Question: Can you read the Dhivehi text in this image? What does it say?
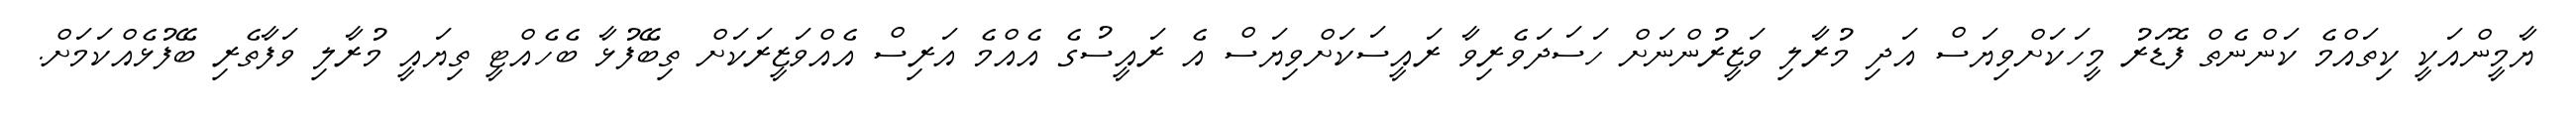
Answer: ޔާމީންއަކީ ކިތައްމެ ކަންނެތް ފޮޑަރު މީހަކަށްވިޔަސް އަދި މުރާލި ވަޒީރުންނަށް ހަސަދަވެރިވާ ރައީސަކަށްވިޔަސް އެ ރައީސުގެ އެއްމެ އަރިސް އެއްވަޒީރަކަށް ތިބޭފުޅާ ބެހެއްޓީ ތިޔައީ މުރާލި ވަފާތެރި ބޭފުޅެއްކަމަށް.